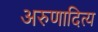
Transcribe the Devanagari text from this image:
अरुणादित्य